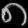
Digit: ၈